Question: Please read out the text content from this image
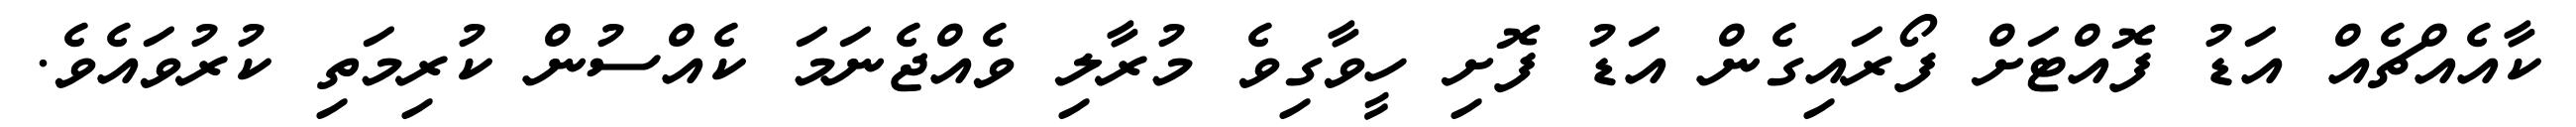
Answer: ކާއެއްޗެއް އަޑު ފޮއްޓަށް ފޯރައިގެން އަޑު ފޮށި ހީވާގިވެ މުރާލި ވެއްޖެނަމަ ކެއްސުން ކުރިމަތި ކުރުވައެވެ.